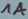
Text: 1A